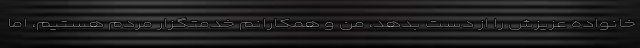
خانواده عزیزش را از دست بدهد، من و همکارانم خدمتگزار مردم هستیم، اما